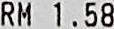
RM 1.58